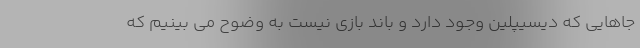
جاهایی که دیسیپلین وجود دارد و باند بازی نیست به وضوح می بینیم که